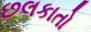
છલકાતો